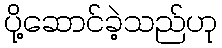
ပို့ဆောင်ခဲ့သည်ဟု